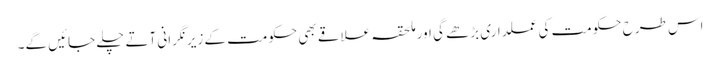
اس طرح حکومت کی عملداری بڑھے گی اور ملحقہ علاقے بھی حکومت کے زیرنگرانی آتے چلے جائیں گے۔